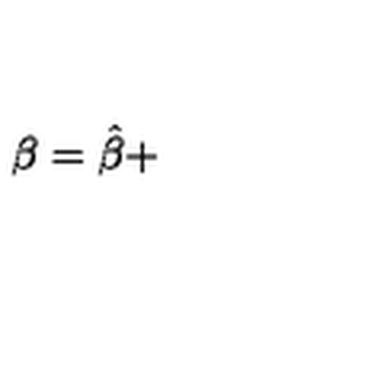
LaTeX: \beta = \hat { \beta } +